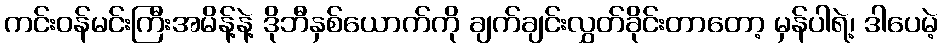
ကင်းဝန်မင်းကြီးအမိန့်နဲ့ ဒိုဘီနှစ်ယောက်ကို ချက်ချင်းလွှတ်ခိုင်းတာတော့ မှန်ပါရဲ့၊ ဒါပေမဲ့